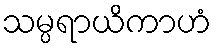
သမ္ပရာယိကာဟံ